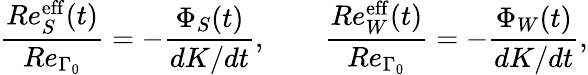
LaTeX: \frac{Re_{S}^{\mathrm{eff}}(t)}{Re_{\Gamma_{0}}}=-\frac{\Phi_{S}(t)}{dK/dt},\quad\quad\frac{Re_{W}^{\mathrm{eff}}(t)}{Re_{\Gamma_{0}}}=-\frac{\Phi_{W}(t)}{dK/dt},